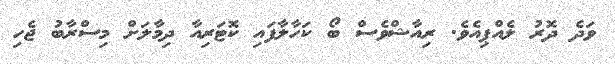
ވަދެ ދޮރު ލެއްޕިއެވެ. ރިއާޝްވެސް ބޯ ކަހާލާފައި ކޮޓަރިއާ ދިމާލަށް މިސްރާބު ޖެހި